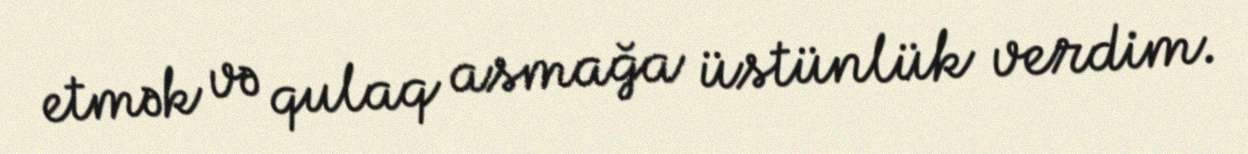
etmək və qulaq asmağa üstünlük verdim.